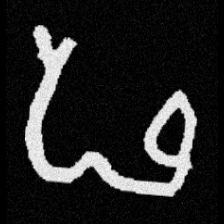
Pyu character \u2014 Myanmar letter: ဖ (romanized: pha)